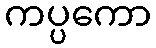
ကပ္ပကော